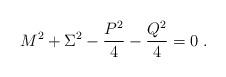
LaTeX: \begin{align*}M^2 + \Sigma^2 - \frac{P^2}{4}-\frac{Q^2}{4} = 0\;.\end{align*}